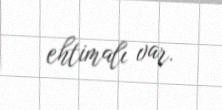
ehtimalı var.